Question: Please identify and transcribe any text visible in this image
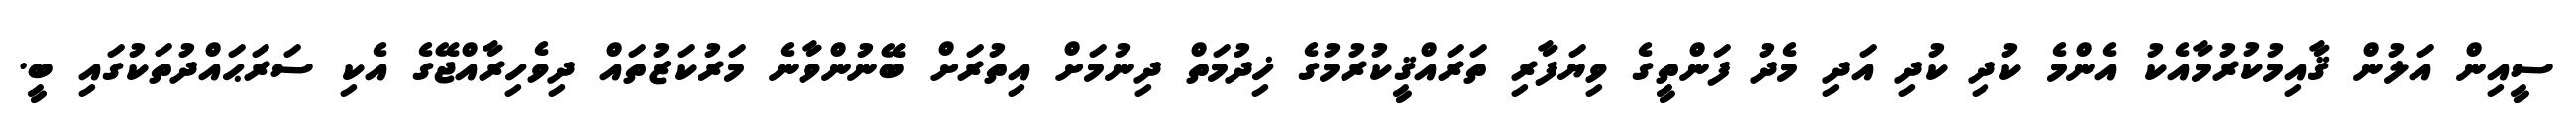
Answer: ސީއިން އަލުން ޤާއިމުކުރުމާއެކު އެންމެ ކުދި ކުދި އަދި މެދު ފަންތީގެ ވިޔަފާރި ތަރައްޤީކުރުމުގެ ޚިދުމަތް ދިނުމަށް އިތުރަށް ބޭނުންވާނެ މަރުކަޒުތައް ދިވެހިރާއްޖޭގެ އެކި ސަރަޙައްދުތަކުގައި ބީ.